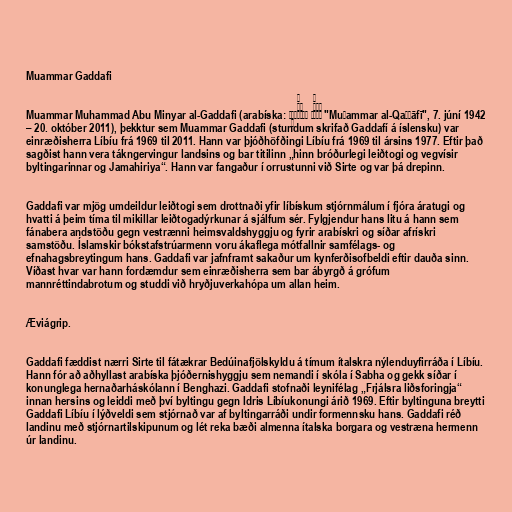
Muammar Gaddafi

Muammar Muhammad Abu Minyar al-Gaddafi (arabíska: مُعَمَّر القَذَّافِي‎ "Muʿammar al-Qaḏḏāfī", 7. júní 1942
– 20. október 2011), þekktur sem Muammar Gaddafi (stundum skrifað Gaddafí á íslensku) var
einræðisherra Líbíu frá 1969 til 2011. Hann var þjóðhöfðingi Líbíu frá 1969 til ársins 1977. Eftir það
sagðist hann vera tákngervingur landsins og bar titilinn „hinn bróðurlegi leiðtogi og vegvísir
byltingarinnar og Jamahiriya“. Hann var fangaður í orrustunni við Sirte og var þá drepinn.

Gaddafi var mjög umdeildur leiðtogi sem drottnaði yfir líbískum stjórnmálum í fjóra áratugi og
hvatti á þeim tíma til mikillar leiðtogadýrkunar á sjálfum sér. Fylgjendur hans litu á hann sem
fánabera andstöðu gegn vestrænni heimsvaldshyggju og fyrir arabískri og síðar afrískri
samstöðu. Íslamskir bókstafstrúarmenn voru ákaflega mótfallnir samfélags- og
efnahagsbreytingum hans. Gaddafi var jafnframt sakaður um kynferðisofbeldi eftir dauða sinn.
Víðast hvar var hann fordæmdur sem einræðisherra sem bar ábyrgð á grófum
mannréttindabrotum og studdi við hryðjuverkahópa um allan heim.

Æviágrip.

Gaddafi fæddist nærri Sirte til fátækrar Bedúinafjölskyldu á tímum ítalskra nýlenduyfirráða í Líbíu.
Hann fór að aðhyllast arabíska þjóðernishyggju sem nemandi í skóla í Sabha og gekk síðar í
konunglega hernaðarháskólann í Benghazi. Gaddafi stofnaði leynifélag „Frjálsra liðsforingja“
innan hersins og leiddi með því byltingu gegn Idris Líbíukonungi árið 1969. Eftir byltinguna breytti
Gaddafi Líbíu í lýðveldi sem stjórnað var af byltingarráði undir formennsku hans. Gaddafi réð
landinu með stjórnartilskipunum og lét reka bæði almenna ítalska borgara og vestræna hermenn
úr landinu.